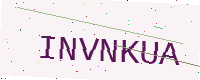
Text: INVNKUA